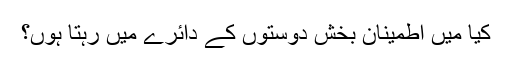
کیا میں اطمینان بخش دوستوں کے دائرے میں رہتا ہوں؟